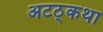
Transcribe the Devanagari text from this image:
अटठ्कथा